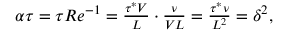
\begin{array} { r } { \alpha \tau = \tau R e ^ { - 1 } = \frac { \tau ^ { * } V } { L } \cdot \frac { \nu } { V L } = \frac { \tau ^ { * } \nu } { L ^ { 2 } } = \delta ^ { 2 } , } \end{array}